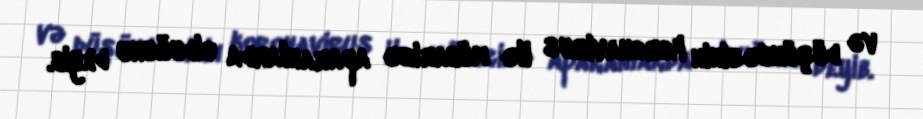
və düşüncəsinin koronavirus ilə mübarizə aparanlarda olduğunu deyib.